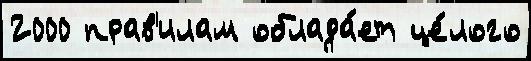
2000 прав'илам облада́ет це́лого